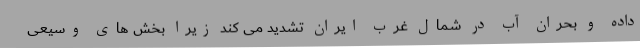
داده و بحران آب در شمال غرب ایران تشدید می کند زیرا بخش های وسیعی